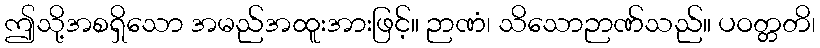
ဤသို့အစရှိသော အမည်အထူးအားဖြင့်။ ဉာဏံ၊ သိသောဉာဏ်သည်။ ပဝတ္တတိ၊